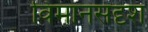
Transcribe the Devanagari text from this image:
विमानसदृश